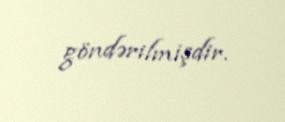
göndərilmişdir.